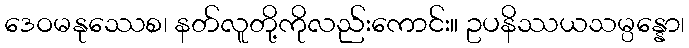
ဒေဝမနုဿေစ၊ နတ်လူတို့ကိုလည်းကောင်း။ ဥပနိဿယသမ္ပန္နော၊